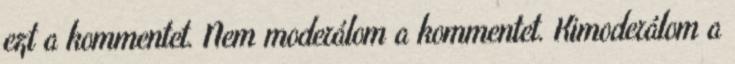
ezt a kommentet. Nem moderálom a kommentet. Kimoderálom a